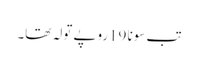
تب سونا 19روپے تولہ تھا۔